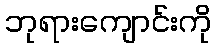
ဘုရားကျောင်းကို